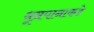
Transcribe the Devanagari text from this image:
धूम्रपानाकडे